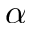
\alpha